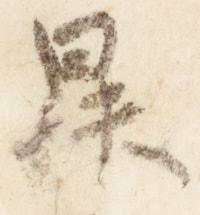
昇